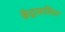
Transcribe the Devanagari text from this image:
केंद्रसाशित